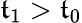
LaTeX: \mathfrak{t}_{1}>\mathfrak{t}_{0}